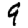
Digit: 9